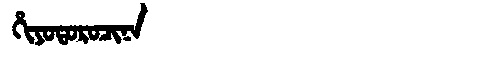
Manchu: ᡥᡳᠶᠣᡨᠣᡵᠣᠴᡳᠨᠠ
Romanization: HIYOTOROCINA